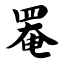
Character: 罨